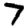
Digit: 7